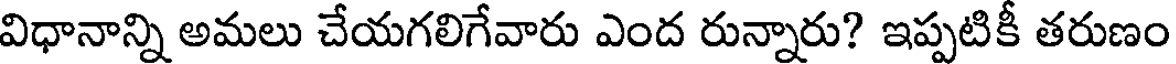
విధానాన్ని అమలు చేయగలిగేవారు ఎంద రున్నారు? ఇప్పటికీ తరుణం